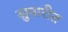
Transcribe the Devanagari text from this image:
सुपारीत